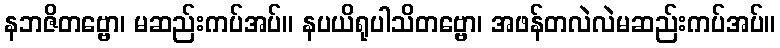
နဘဇိတဗ္ဗော၊ မဆည်းကပ်အပ်။ နပယိရုပါသိတဗ္ဗော၊ အဖန်တလဲလဲမဆည်းကပ်အပ်။